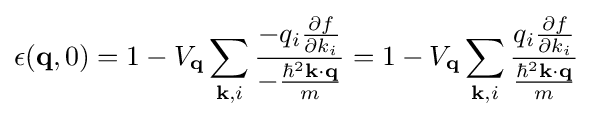
\epsilon (\mathbf {q} ,0)=1-V_{\mathbf {q} }\sum _{\mathbf {k} ,i}{\frac {-q_{i}{\frac {\partial f}{\partial k_{i}}}}{-{\frac {\hbar ^{2}\mathbf {k} \cdot \mathbf {q} }{m}}}}=1-V_{\mathbf {q} }\sum _{\mathbf {k} ,i}{\frac {q_{i}{\frac {\partial f}{\partial k_{i}}}}{\frac {\hbar ^{2}\mathbf {k} \cdot \mathbf {q} }{m}}}